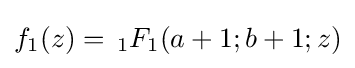
f_{1}(z)=\,_{1}F_{1}(a+1;b+1;z)